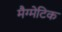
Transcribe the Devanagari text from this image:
मैग्मेटिक